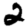
Digit: 2